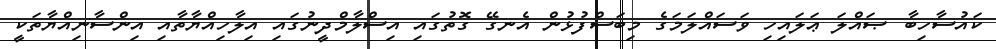
ކައުސާހިބާ ޞައްލަ ޢަލައިހި ވަސައްލަމަގެ މިބަސްފުޅުން އެނގޭ ގޮތުގައި އިސްލާމްދީނުގައި އިލާހިއްޔާތާއި އިންސާނިއްޔާތަކީ